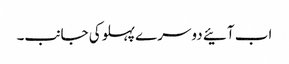
اب آئیے دوسرے پہلوکی جانب۔